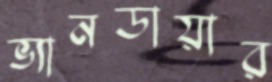
ভ্যানডায়ার